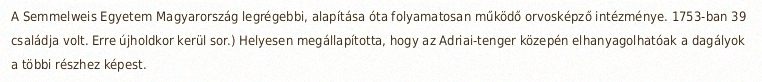
A Semmelweis Egyetem Magyarország legrégebbi, alapítása óta folyamatosan működő orvosképző intézménye. 1753-ban 39 családja volt. Erre újholdkor kerül sor.) Helyesen megállapította, hogy az Adriai-tenger közepén elhanyagolhatóak a dagályok a többi részhez képest.